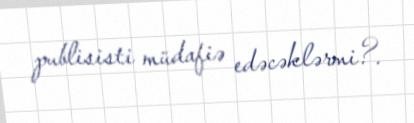
publisisti müdafiə edəcəklərmi?.